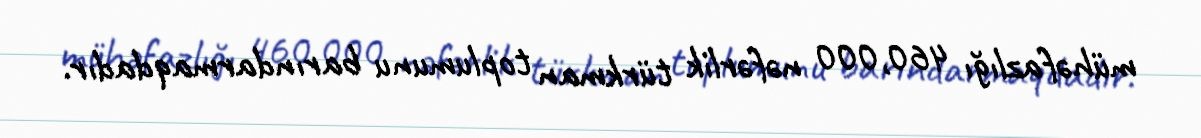
mühəfazlığı 460,000 nəfərlik türkman toplumunu barındarmaqdadır.